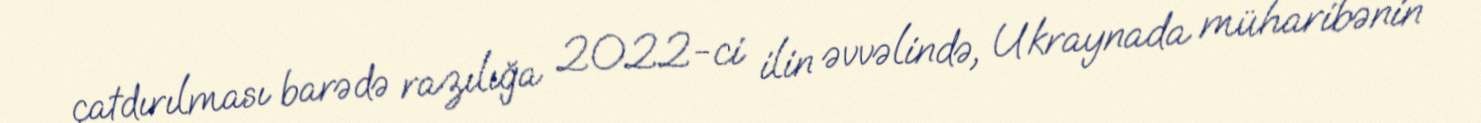
çatdırılması barədə razılığa 2022-ci ilin əvvəlində, Ukraynada müharibənin